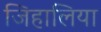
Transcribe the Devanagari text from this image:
जिहालिया